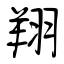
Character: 翔